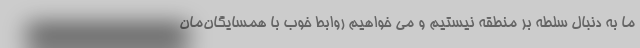
ما به دنبال سلطه بر منطقه نیستیم و می خواهیم روابط خوب با همسایگان‌مان